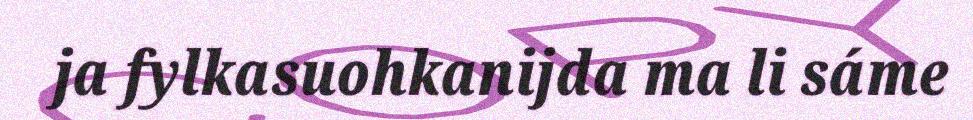
ja fylkasuohkanijda ma li sáme